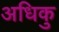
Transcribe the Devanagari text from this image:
अधिकु